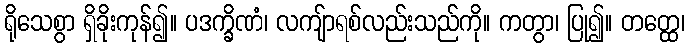
ရိုသေစွာ ရှိခိုးကုန်၍။ ပဒက္ခိဏံ၊ လကျ်ာရစ်လည်းသည်ကို။ ကတွာ၊ ပြု၍။ တတ္ထေ၊